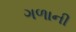
ગળાની